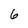
Character: 6